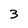
Character: 3